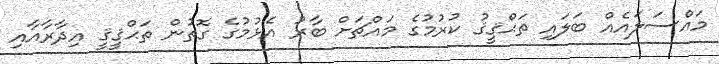
މައްސަލައެއް ބަލައި ތަޙްޤީޤު ކުރުމުގެ މައްޗަށް ބާރު އެޅުމުގެ ގޮތުން ތަޙްޤީޤީ އިދާރާއާއި